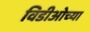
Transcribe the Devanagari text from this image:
विडीओच्या